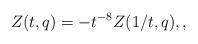
LaTeX: \begin{align*}Z(t,q)=-t^{-8}Z(1/t,q), ,\end{align*}